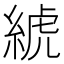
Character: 𦁲